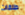
طلقات